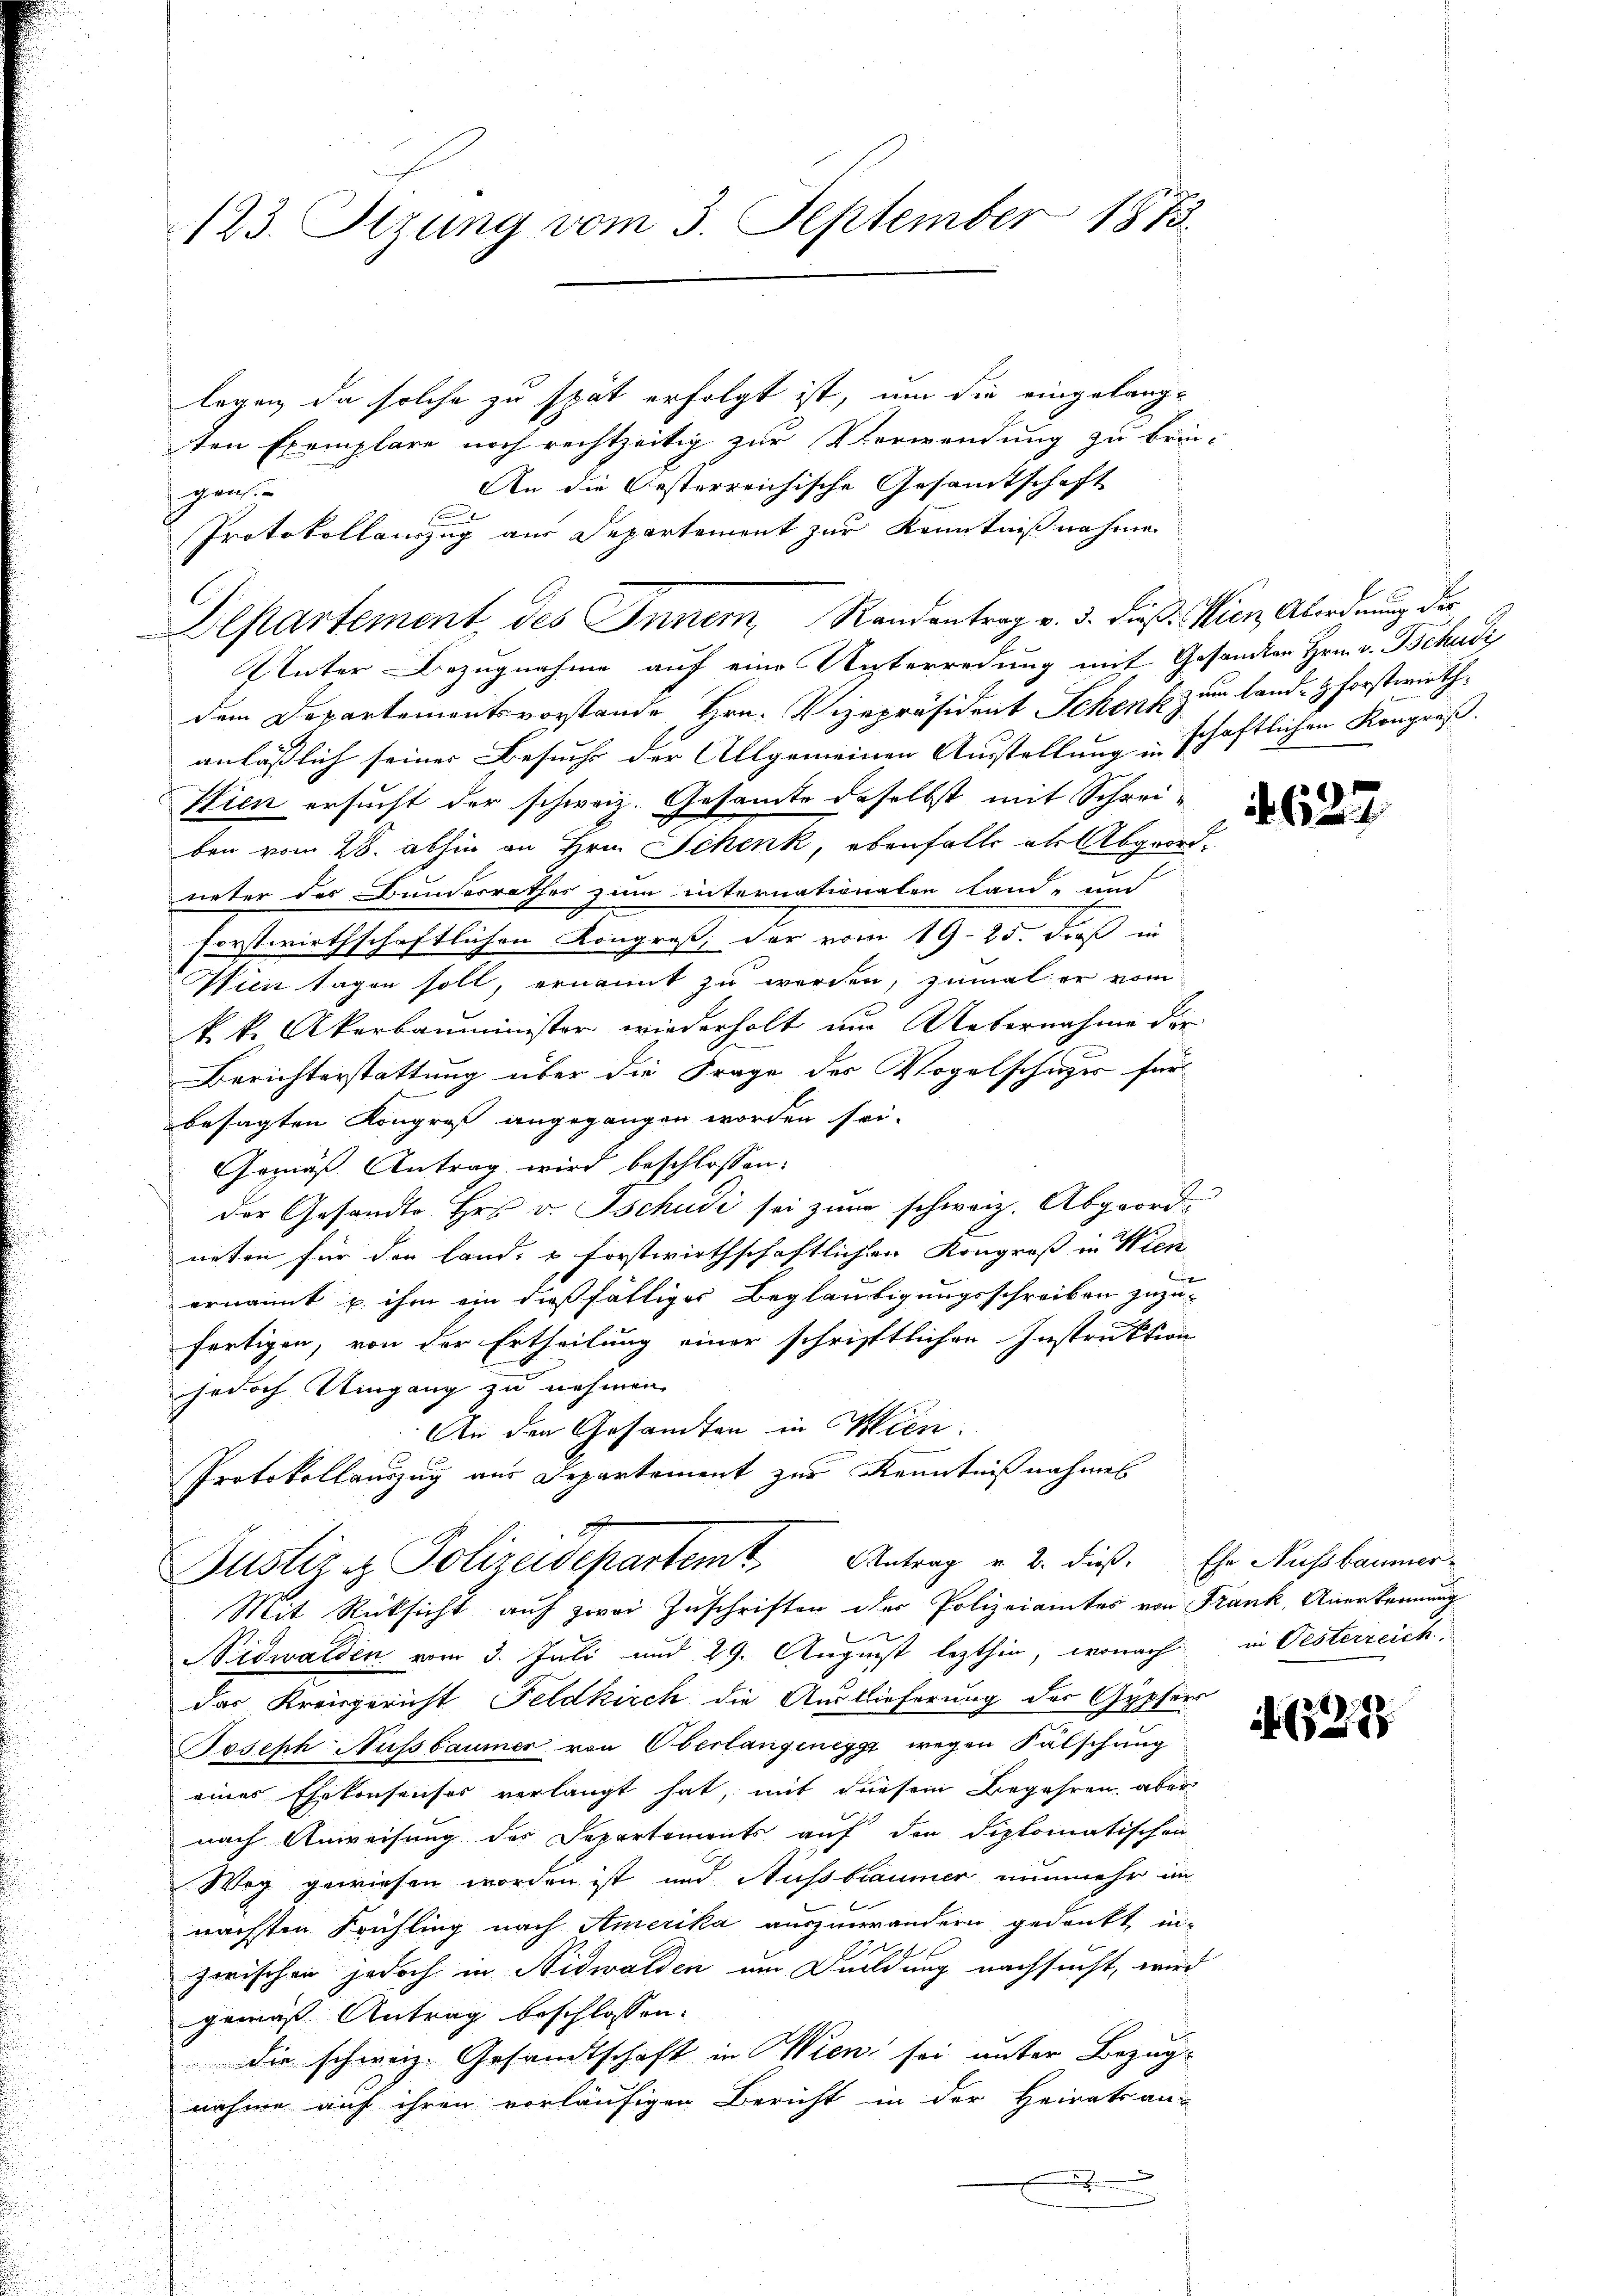
123. Sezung vom 3. September 1873.

legen, da solche zu spät erfolgt ist, um die eingelang-
sten Exemplare noch rechtzeitig zur Verwendung zu brin¬
An die besterreichische Gesamtschaft
sigen
Protokollanzug aus Departement zur Kenntnißnahme

Departement, des Inner, Randentrag v. 3. dieß. Wien Abordnung des
Iluter Bezugnahme auf eine Unterredung mit Gesandten Hrn. v. Tschudi

dem Departementsvorstände Hrn. Vizepräsident Schenk zum lande Forstwirthanläßlich seiner Besuches der Allgemeinen Ausstellung schaftlichen Kongruss. |
Wien ersucht der schweiz. Gesamte deselbst mit Schreiben vom 28. abhin an Hrn. Schenk, ebenfalls als Abgeordueter des Bundesrathes zum internationaten Land- und
forstwirthschaftlichen Kongreß, der vom 19. 25. dieß in
Wien sagen soll, ernannt zu werden, zumal er vom
k. k. Akerbauminister wiederholt um Uebernahme der
Berichterstattung über die Frage der Vogelschußes für
besagten Kongreß angegangen worden sei.
Gemäß Antrag wird beschlossen:
der Gesandte Hr. v. Tschudi sei zum schweiz. Abgeordneten für den land, & forstwirthschaftlichen Kongroß in Wien
ernannt u. ihm ein dießfälliger Beglaubigungsschreiben zuzu-
fertigen, von der Ertheilung einer schriftlichen Instruktion
jedoch Umgang zu nehmen.
An den Gesamten in Wien.
Protokollauszug aus Departement zur Kenntnißnahmes
Justiz & Polizeidepartemt. Antrag v. 2. dieß. Ehr Nussbaumer¬
Mit Rücksicht auf zwei Zuschriften der Polizeiamtes von Frank, Anerkennung
Nidwalden vom 3. Juli und 29. August lezthin, wonach in Oesterreich
das Kreisgericht Feldkirch die Auslieferung der Gypferr
Joseph Aussbaumer von Oberlangenegg wegen Fälschung
eines Ehekonsensos verlangt hat, mit diesem Begehren, aber
nach Anweisung des Departemonts auf den diplomatischen
Weg gewiesen worden ist und Nussbraumer nunmehr im
nächsten Frühling nach Amerika auszumrändern gedankt, in-
x
t
zwischen jedoch in Nidwalden um Duldung nachsucht, wird
gemäß Antrag beschlossen:
 die schweiz. Gesandtschaft in Wien sei unter Bezugnahme auf ihren vorläufigen Bericht in der Heiratsan-
u

632

(1278